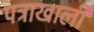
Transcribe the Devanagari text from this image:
पत्राखाली